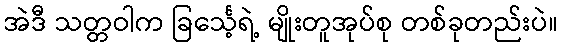
အဲဒီ သတ္တဝါက ခြင်္သေ့ရဲ့ မျိုးတူအုပ်စု တစ်ခုတည်းပဲ။